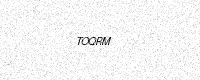
Text: TOQRM